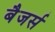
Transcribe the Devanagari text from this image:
बैजर्स